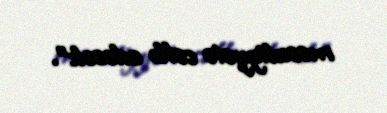
məsuliyyətə cəlb edəcək".